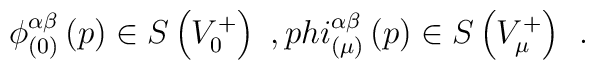
\phi _{(0)}^{\alpha \beta }\left( p\right) \in S\left( V_0^{+}\right)\ , \\phi _{(\mu )}^{\alpha \beta }\left( p\right) \in S\left( V_\mu^{+}\right) \;\,.